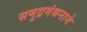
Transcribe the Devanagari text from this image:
समुद्रमंथनाने